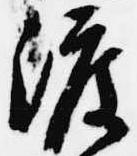
渡